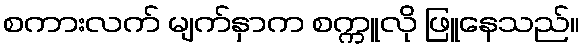
စကားလက် မျက်နှာက စက္ကူလို ဖြူနေသည်။